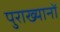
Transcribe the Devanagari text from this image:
पुराख्यानों